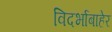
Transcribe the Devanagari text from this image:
विदर्भाबाहेर